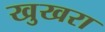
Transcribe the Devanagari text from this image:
खुखरा